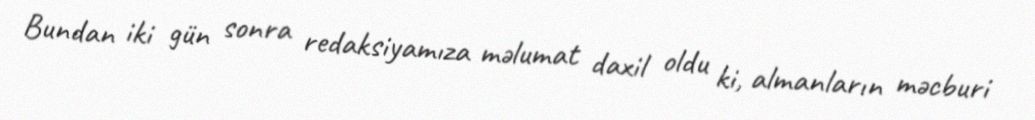
Bundan iki gün sonra redaksiyamıza məlumat daxil oldu ki, almanların məcburi